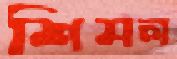
শিমল